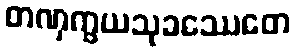
တဏှက္ခယသုခဿေတေ